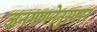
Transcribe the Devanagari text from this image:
जनगणनेनुसारर